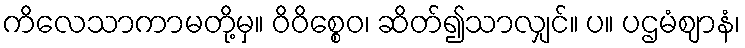
ကိလေသာကာမတို့မှ။ ဝိဝိစ္စေဝ၊ ဆိတ်၍သာလျှင်။ ပ။ ပဌမံဈာနံ၊